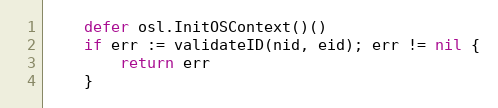
Language: Go
	defer osl.InitOSContext()()
	if err := validateID(nid, eid); err != nil {
		return err
	}